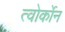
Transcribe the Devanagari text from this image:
त्वोर्कोन